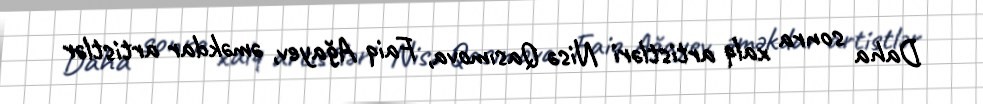
Daha sonra xalq artistləri Nisə Qasımova, Faiq Ağayev, əməkdar artistlər